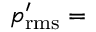
p _ { \mathrm { r m s } } ^ { \prime } =